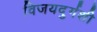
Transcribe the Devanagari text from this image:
विजयदुर्गशी